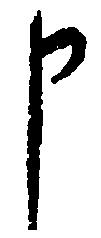
申